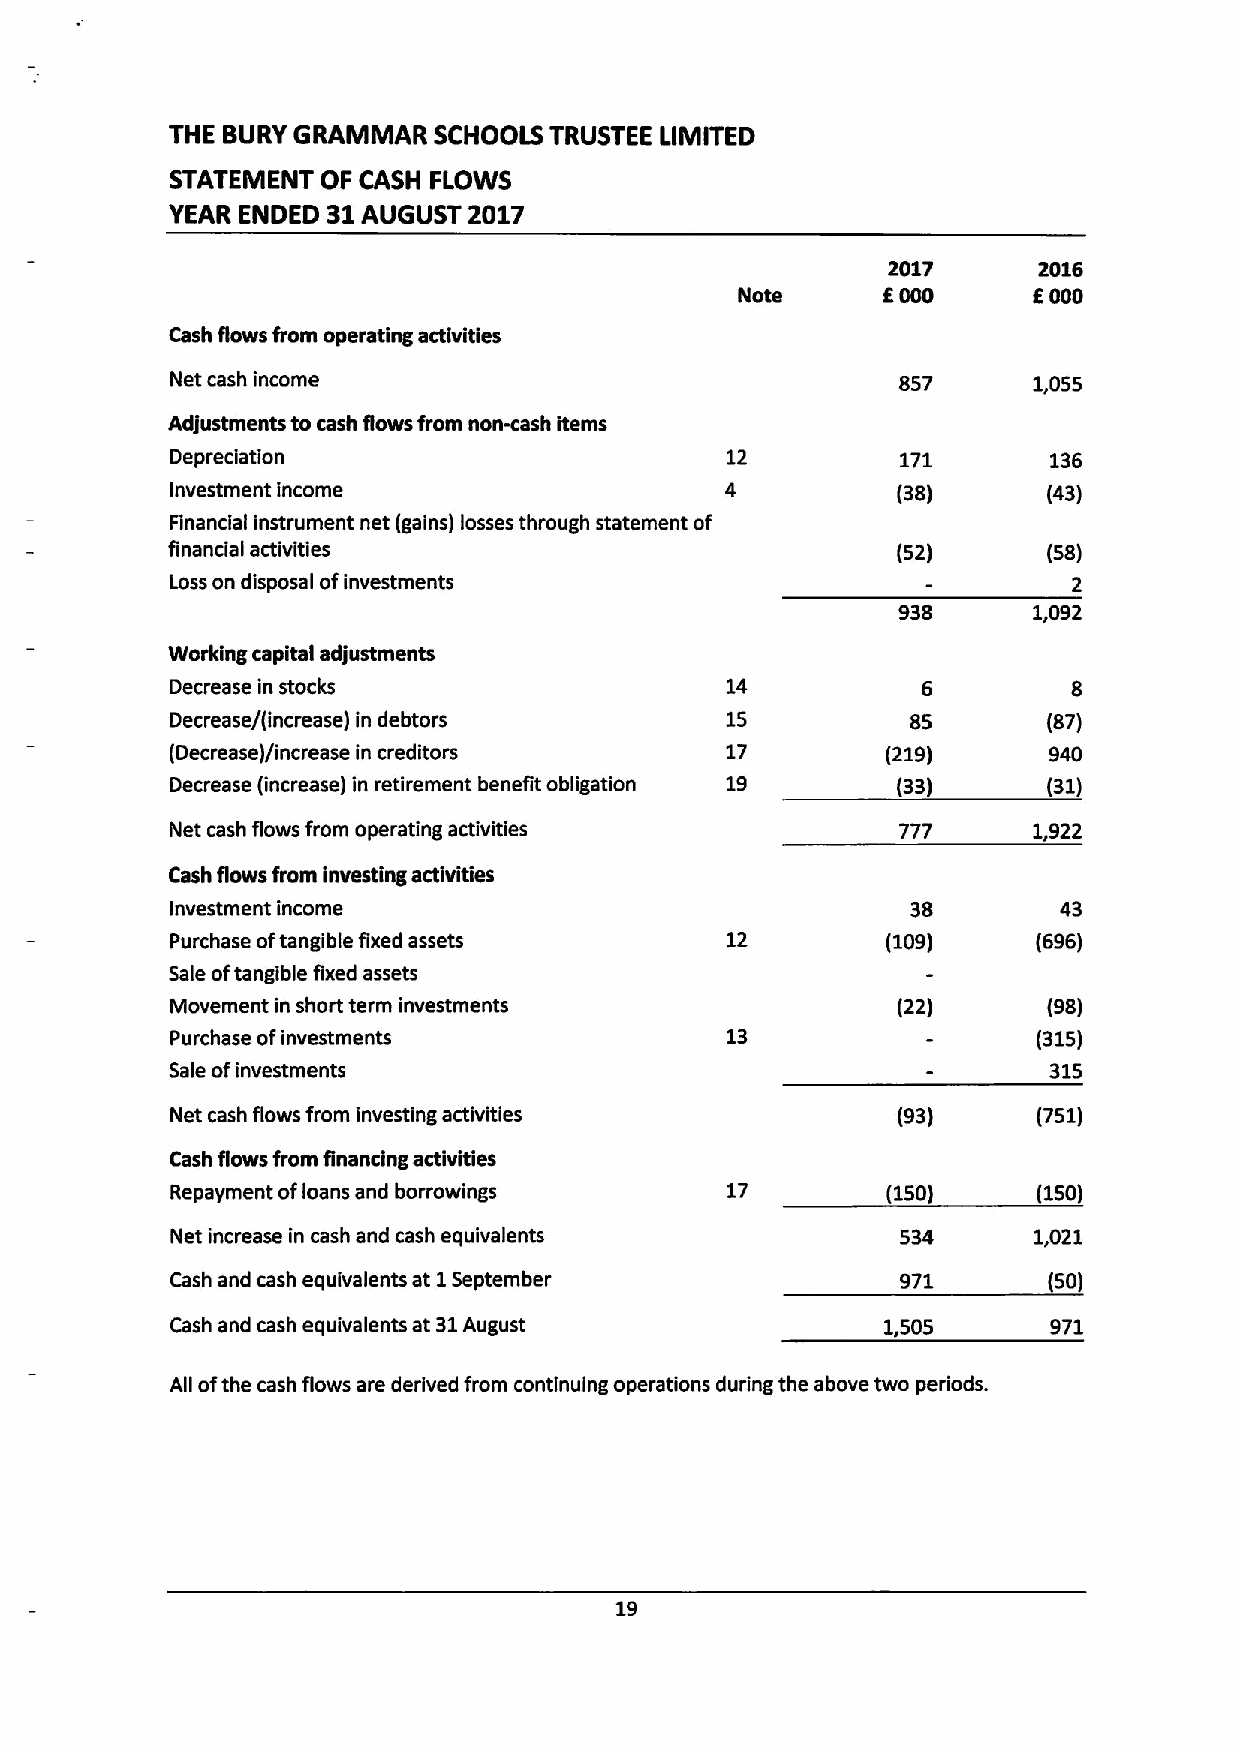
THE BURY GRAMMAR  SCHOOLS TRUSTEE LIMITED
 STATEMENT OF CASH FLOWS
 YEAR ENDED 31 AUGUST 2017
 2017      2016
 Note     g000      6000
 Cash flows from operating activities
 Net cash income                                 857      1,055
 Adjustments to cash flows from noncash items
 Depreciation                         12          171      136
 Investment income                    4          (38)      (43)
 Financial instrument net (gains) losses through statement of
 financial activities                            (52)      (58)
 Loss on disposal ofinvestments                              2
 938      1,092
 Working capital adjustments
 Decrease in stocks                   14           6         8
 Decrease/(increase) in debtors       15          85       (87)
 (Decrease)/increase in creditors     17         (219)     940
 Decrease (increase) in retirement benefit obligation 19 (33) (31)
 Net cash flows from operating activities        777      1,922
 Cash flows from investing activities
 Investment income                                38        43
 Purchase oftangible fixed assets     12         (109)     (696)
 Sale oftangible fixed assets
 Movement in short term investments              (22)      (98)
 Purchase ofinvestments               13                   (315)
 Sale ofinvestments                                        315
 Net cash flows from investing activities        (93)      (751)
 Cash flows from financing activities
 Repayment ofloans and borrowings     17         (150)     (150)
 Net increase in cash and cash equivalents                1,021
 Cash and cash equivalents at 1September          971      (50)
 Cash and cash equivalents at 31August          1,505      971
 All ofthe cash flows are derived from continuing operations during the above two periods.
 19